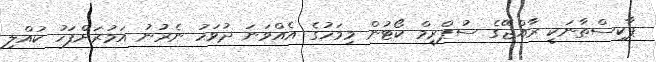
ޕާކިސްތާނަކީ ރާއްޖޭގެ ސުޕްރީމް ކޯޓުން މިމަހުގެ އެއްވަނަ ދުވަހު ނެރުނު އަމުރަށްފަހު ކުއްލި